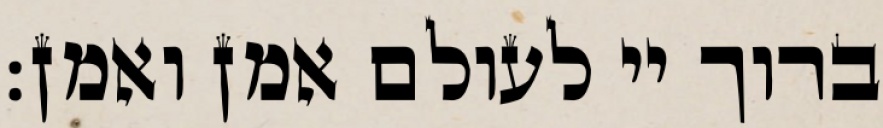
ברוך יי לעולם אמן ואמן: